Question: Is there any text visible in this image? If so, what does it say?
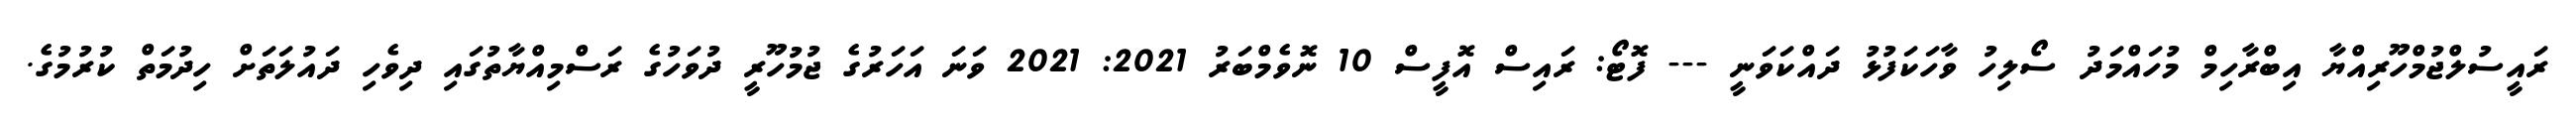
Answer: ރައީސުލްޖުމްހޫރިއްޔާ އިބްރާހިމް މުހައްމަދު ސޯލިހު ވާހަކަފުޅު ދައްކަވަނީ --- ފޮޓޯ: ރައިސް އޮފީސް 10 ނޮވެމްބަރު 2021: 2021 ވަނަ އަހަރުގެ ޖުމުހޫރީ ދުވަހުގެ ރަސްމިއްޔާތުގައި ދިވެހި ދައުލަތަށް ހިދުމަތް ކުރުމުގެ.